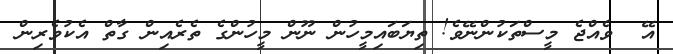
އޭ  ވެއްޖެ މީސްތަކުންނޭވެ! ތިޔަބައިމީހުން ނޫން މީހުންގެ ތެރެއިން ގާތް އެކުވެރިން